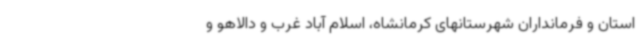
استان و فرمانداران شهرستانهای کرمانشاه، اسلام آباد غرب و دالاهو و